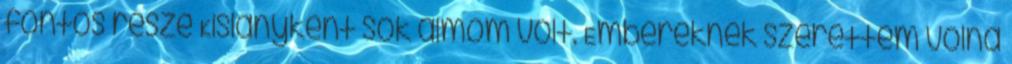
fontos része Kislányként sok álmom volt. Embereknek szerettem volna